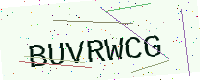
Text: BUVRWCG